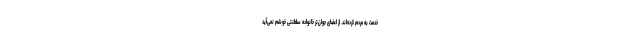
خدمت به مردم کرده‌اند. از اعضای جوان‌تر خانواده سلطنتی خوشم نمی‌آید